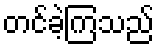
တင်ခဲ့ကြသည်